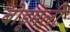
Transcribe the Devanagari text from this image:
बोडूमली